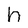
Character: h